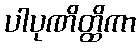
ပါပုဏိတ္ထိကာ